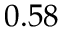
0 . 5 8